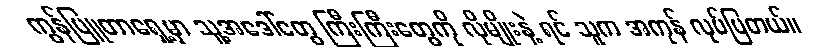
ကွန်ပြူတာရှေ့မှာ သူ့အဒေါ်တွေ ကြီးကြီးတွေကို လိုမျိုးနဲ့ ရင် သူက အကုန် လုပ်ပြတယ်။